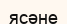
ясәне